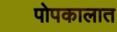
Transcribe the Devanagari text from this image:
पोपकालात